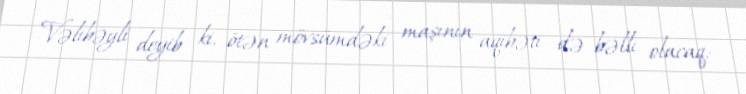
Vəlibəyli deyib ki, ötən mövsümdəki maşının aqibəti də bəlli olacaq: